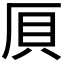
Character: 𠩠